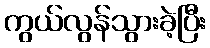
ကွယ်လွန်သွားခဲ့ပြီး